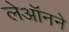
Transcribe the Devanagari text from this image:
लेऑनने